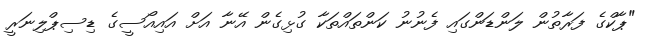
"ޕާކްގެ ފަރާތުން ލަންޑަންގައި ފެނުނު ކަންތައްތަކާ ގުޅިގެން އޭނާ އަށް އައިއޯސީގެ ޑިސިޕްލިނަރީ